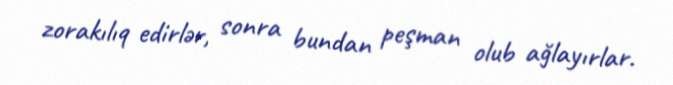
zorakılıq edirlər, sonra bundan peşman olub ağlayırlar.